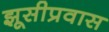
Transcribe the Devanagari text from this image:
झूसीप्रवास